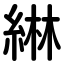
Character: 綝